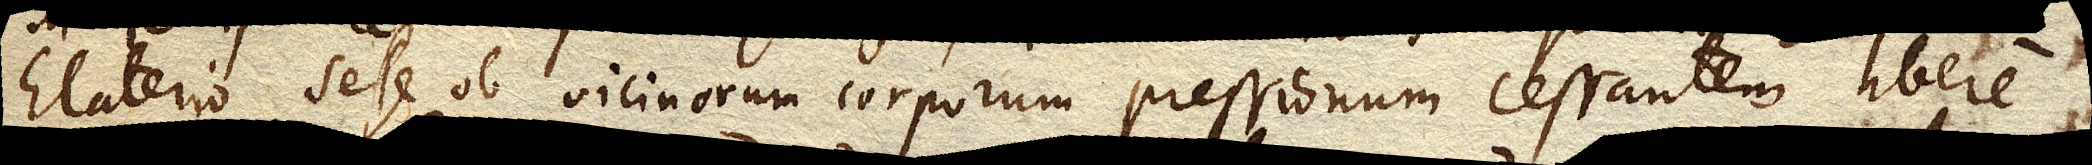
Elaterio sese ob vicinorum corporum pressionem cessantem libere